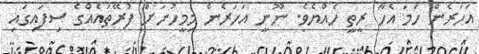
އަހަރެން ހަމަ އެހާ ރީތީ ހެއްޔެވެ. ނޫނީ އަހަރެން މިމީހުނަށް ފުރޭތައެއްގެ ސިފައިގައި